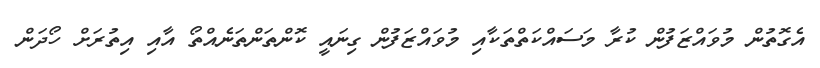
އެގޮތުން މުވައްޒަފުން ކުރާ މަސައްކަތްތަކާއި މުވައްޒަފުން ގިނައީ ކޮންތަންތަނެއްތޯ އާއި އިތުރަށް ހޯދަން